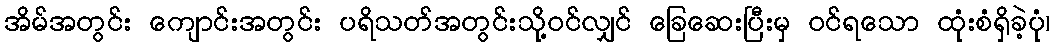
အိမ်အတွင်း ကျောင်းအတွင်း ပရိသတ်အတွင်းသို့ဝင်လျှင် ခြေဆေးပြီးမှ ဝင်ရသော ထုံးစံရှိခဲ့ပုံ၊